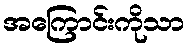
အကြောင်းကိုသာ